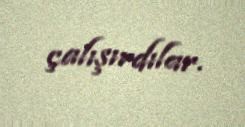
çalışırdılar.